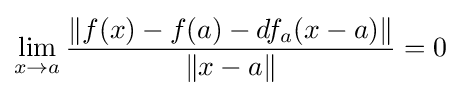
\lim _{x\to a}{\frac {\|f(x)-f(a)-df_{a}(x-a)\|}{\|x-a\|}}=0